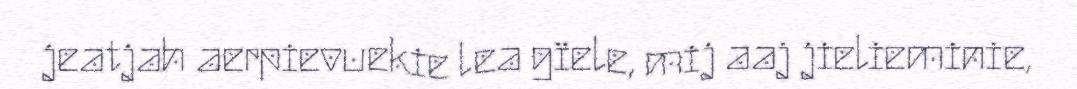
jeatjah aerpievuekie lea gïele, mij aaj jielieminie,